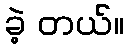
ခဲ့ တယ်။